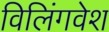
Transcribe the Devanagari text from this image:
विलिंगवेश